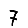
Digit: 7